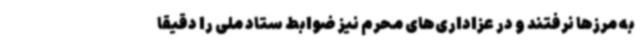
به مرزها نرفتند و در عزاداری‌های محرم نیز ضوابط ستاد ملی را دقیقاً